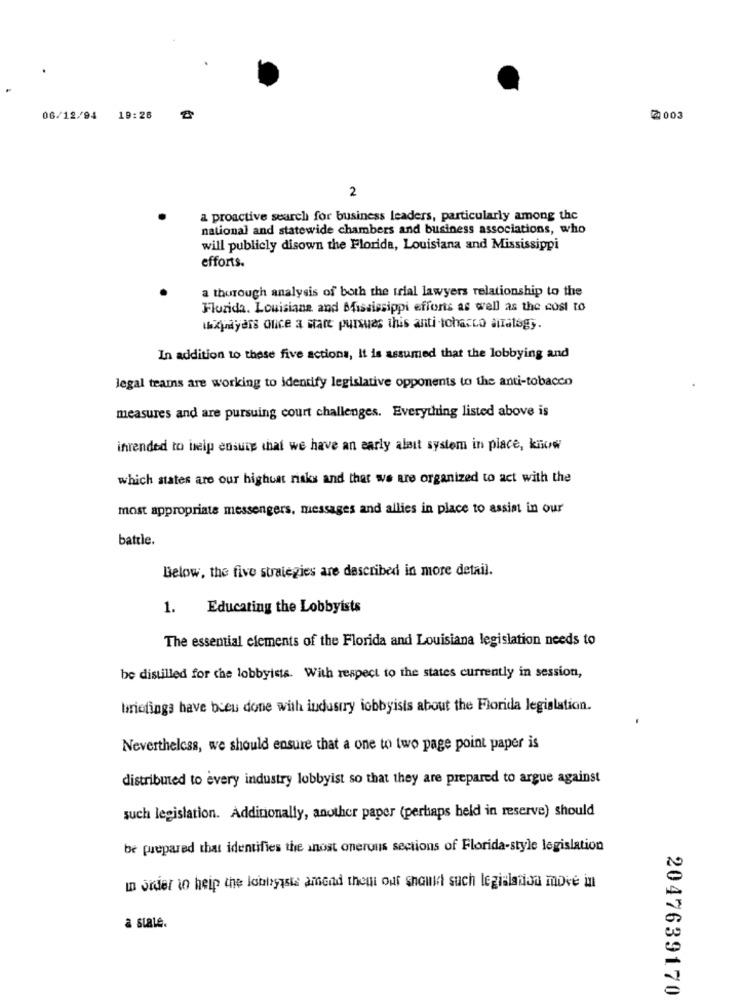
06/12/94 19:26
2003
2
a proactive search for business leaders, particularly among the
national and statewide chambers and business associations, who
will publicly disown the Florida, Louisiana and Mississippi
efforts.
a thorough analysis of both the trial lawyers relationship to the
Florida. Louisiana and Mississippi efforts as well as the cost to
wepayans olice a start pursuas this anti-tobacco airatag ;.
In addition to these five actions, It is assumed that the lobbying and
legal teams are working to identify legislative opponents to the anti-tobacco
measures and are pursuing court challenges. Everything listed above is
intended to help ensure that we have an early alatt system in place, know
which states are our highest risks and that we are organized to act with the
most appropriate messengers, messages and allies in place to assim in our
battle.
Below, the five strategies are described in more detail.
1.
Educating the Lobbyists
The essential elements of the Florida and Louisiana legislation needs to
be distilled for the lobbyists. With respect to the states currently in session,
briefings have been done with industry lobbyists about the Florida legislation.
Nevertheless, we should ensure that a one to two page point paper is
distributed to every industry lobbyist so that they are prepared to argue against
such legislation. Additionally, another paper (perhaps held in reserve) should
be prepared that identifies the anost onerous sections of Florida-style legislation
In order to heip the lobbyists amend theni ouf should such legislation move in
a state.
2047639170